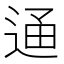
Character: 𨓥